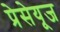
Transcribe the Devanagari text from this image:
प्रेसेयूज